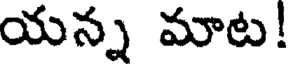
యన్న మాట!